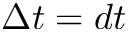
\Delta t = d t